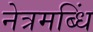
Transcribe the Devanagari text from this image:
नेत्रमब्धिं